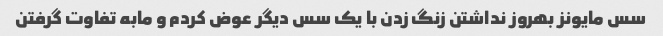
سس مایونز بهروز نداشتن زنگ زدن با یک سس دیگر عوض کردم و مابه تفاوت گرفتن